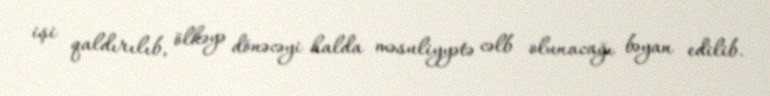
işi qaldırılıb, ölkəyə dönəcəyi halda məsuliyyətə cəlb olunacağı bəyan edilib.